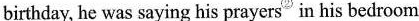
birthday, he was saying his \underline{prayers}② in his bedroom